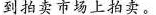
到拍卖市场上拍卖。